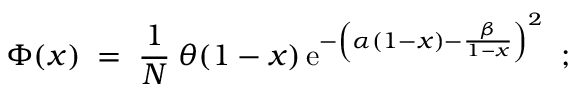
\Phi ( { x } ) \; = \; \frac { 1 } { N } \: \theta ( 1 - { x } ) \, \mathrm { e } ^ { - \left( \alpha ( 1 - { x } ) - \frac { \beta } { 1 - { x } } \right) ^ { 2 } } \; \; ;